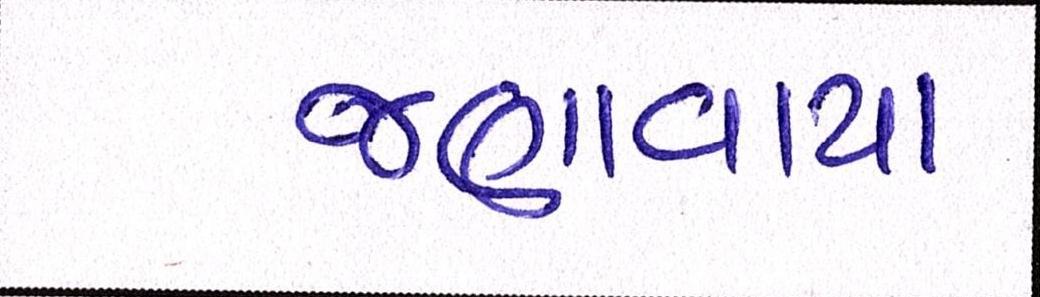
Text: જણાવાયા